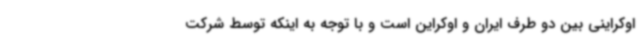
اوکراینی بین دو طرف ایران و اوکراین است و با توجه به اینکه توسط شرکت